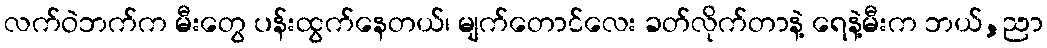
လက်ဝဲဘက်က မီးတွေ ပန်းထွက်နေတယ်၊ မျက်တောင်လေး ခတ်လိုက်တာနဲ့ ရေနဲ့မီးက ဘယ်,ညာ